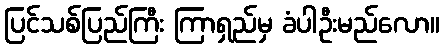
ပြင်သစ်ပြည်ကြီး ကြာရှည်မှ ခံပါဦးမည်လော။